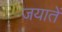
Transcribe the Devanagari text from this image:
जयातें